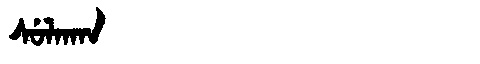
Manchu: ᠰᡠᠯᠠᡴᠠᠨ
Romanization: SULAKAN